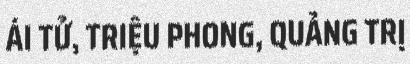
ÁI TỬ, TRIỆU PHONG, QUẢNG TRỊ